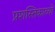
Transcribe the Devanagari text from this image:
प्रशस्तिकाव्यों